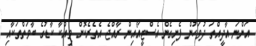
އަންނަ އާދީއްތަ ދުވަހުން ފެށިގެން އެސްޓީއޯއިން ރާއްޖެ އެތެރެކޮށް ވިއްކާ ކާޑުގެ ބާވަތްތަކާއި